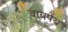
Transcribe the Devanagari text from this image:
वायपेय